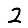
Digit: 2